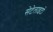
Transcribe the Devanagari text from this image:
सेटेलाइटों